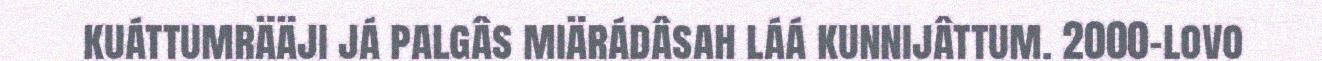
kuáttumrääji já palgâs miärádâsah láá kunnijâttum. 2000-lovo